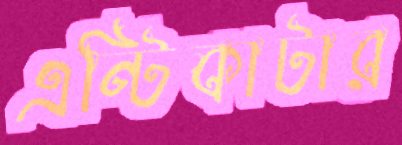
এন্টিকাটার